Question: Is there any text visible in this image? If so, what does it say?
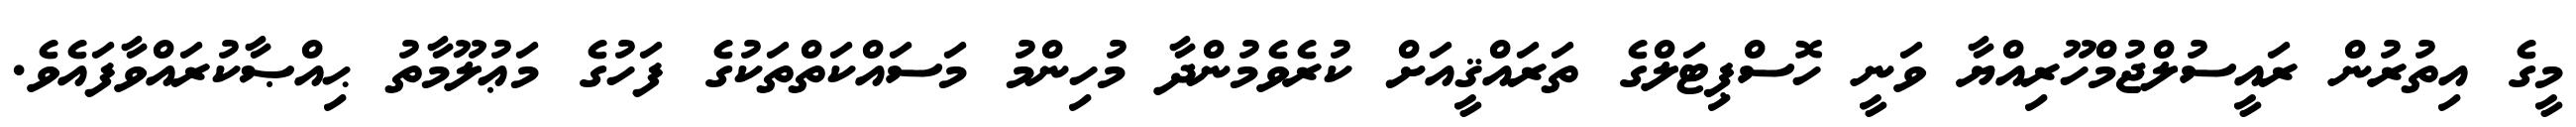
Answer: މީގެ އިތުރުން ރައީސުލްޖުމްހޫރިއްޔާ ވަނީ ހޮސްޕިޓަލްގެ ތަރައްޤީއަށް ކުރެވެމުންދާ މުހިންމު މަސައްކަތްތަކުގެ ފަހުގެ މަޢުލޫމާތު ޙިއްޞާކުރައްވާފައެވެ.